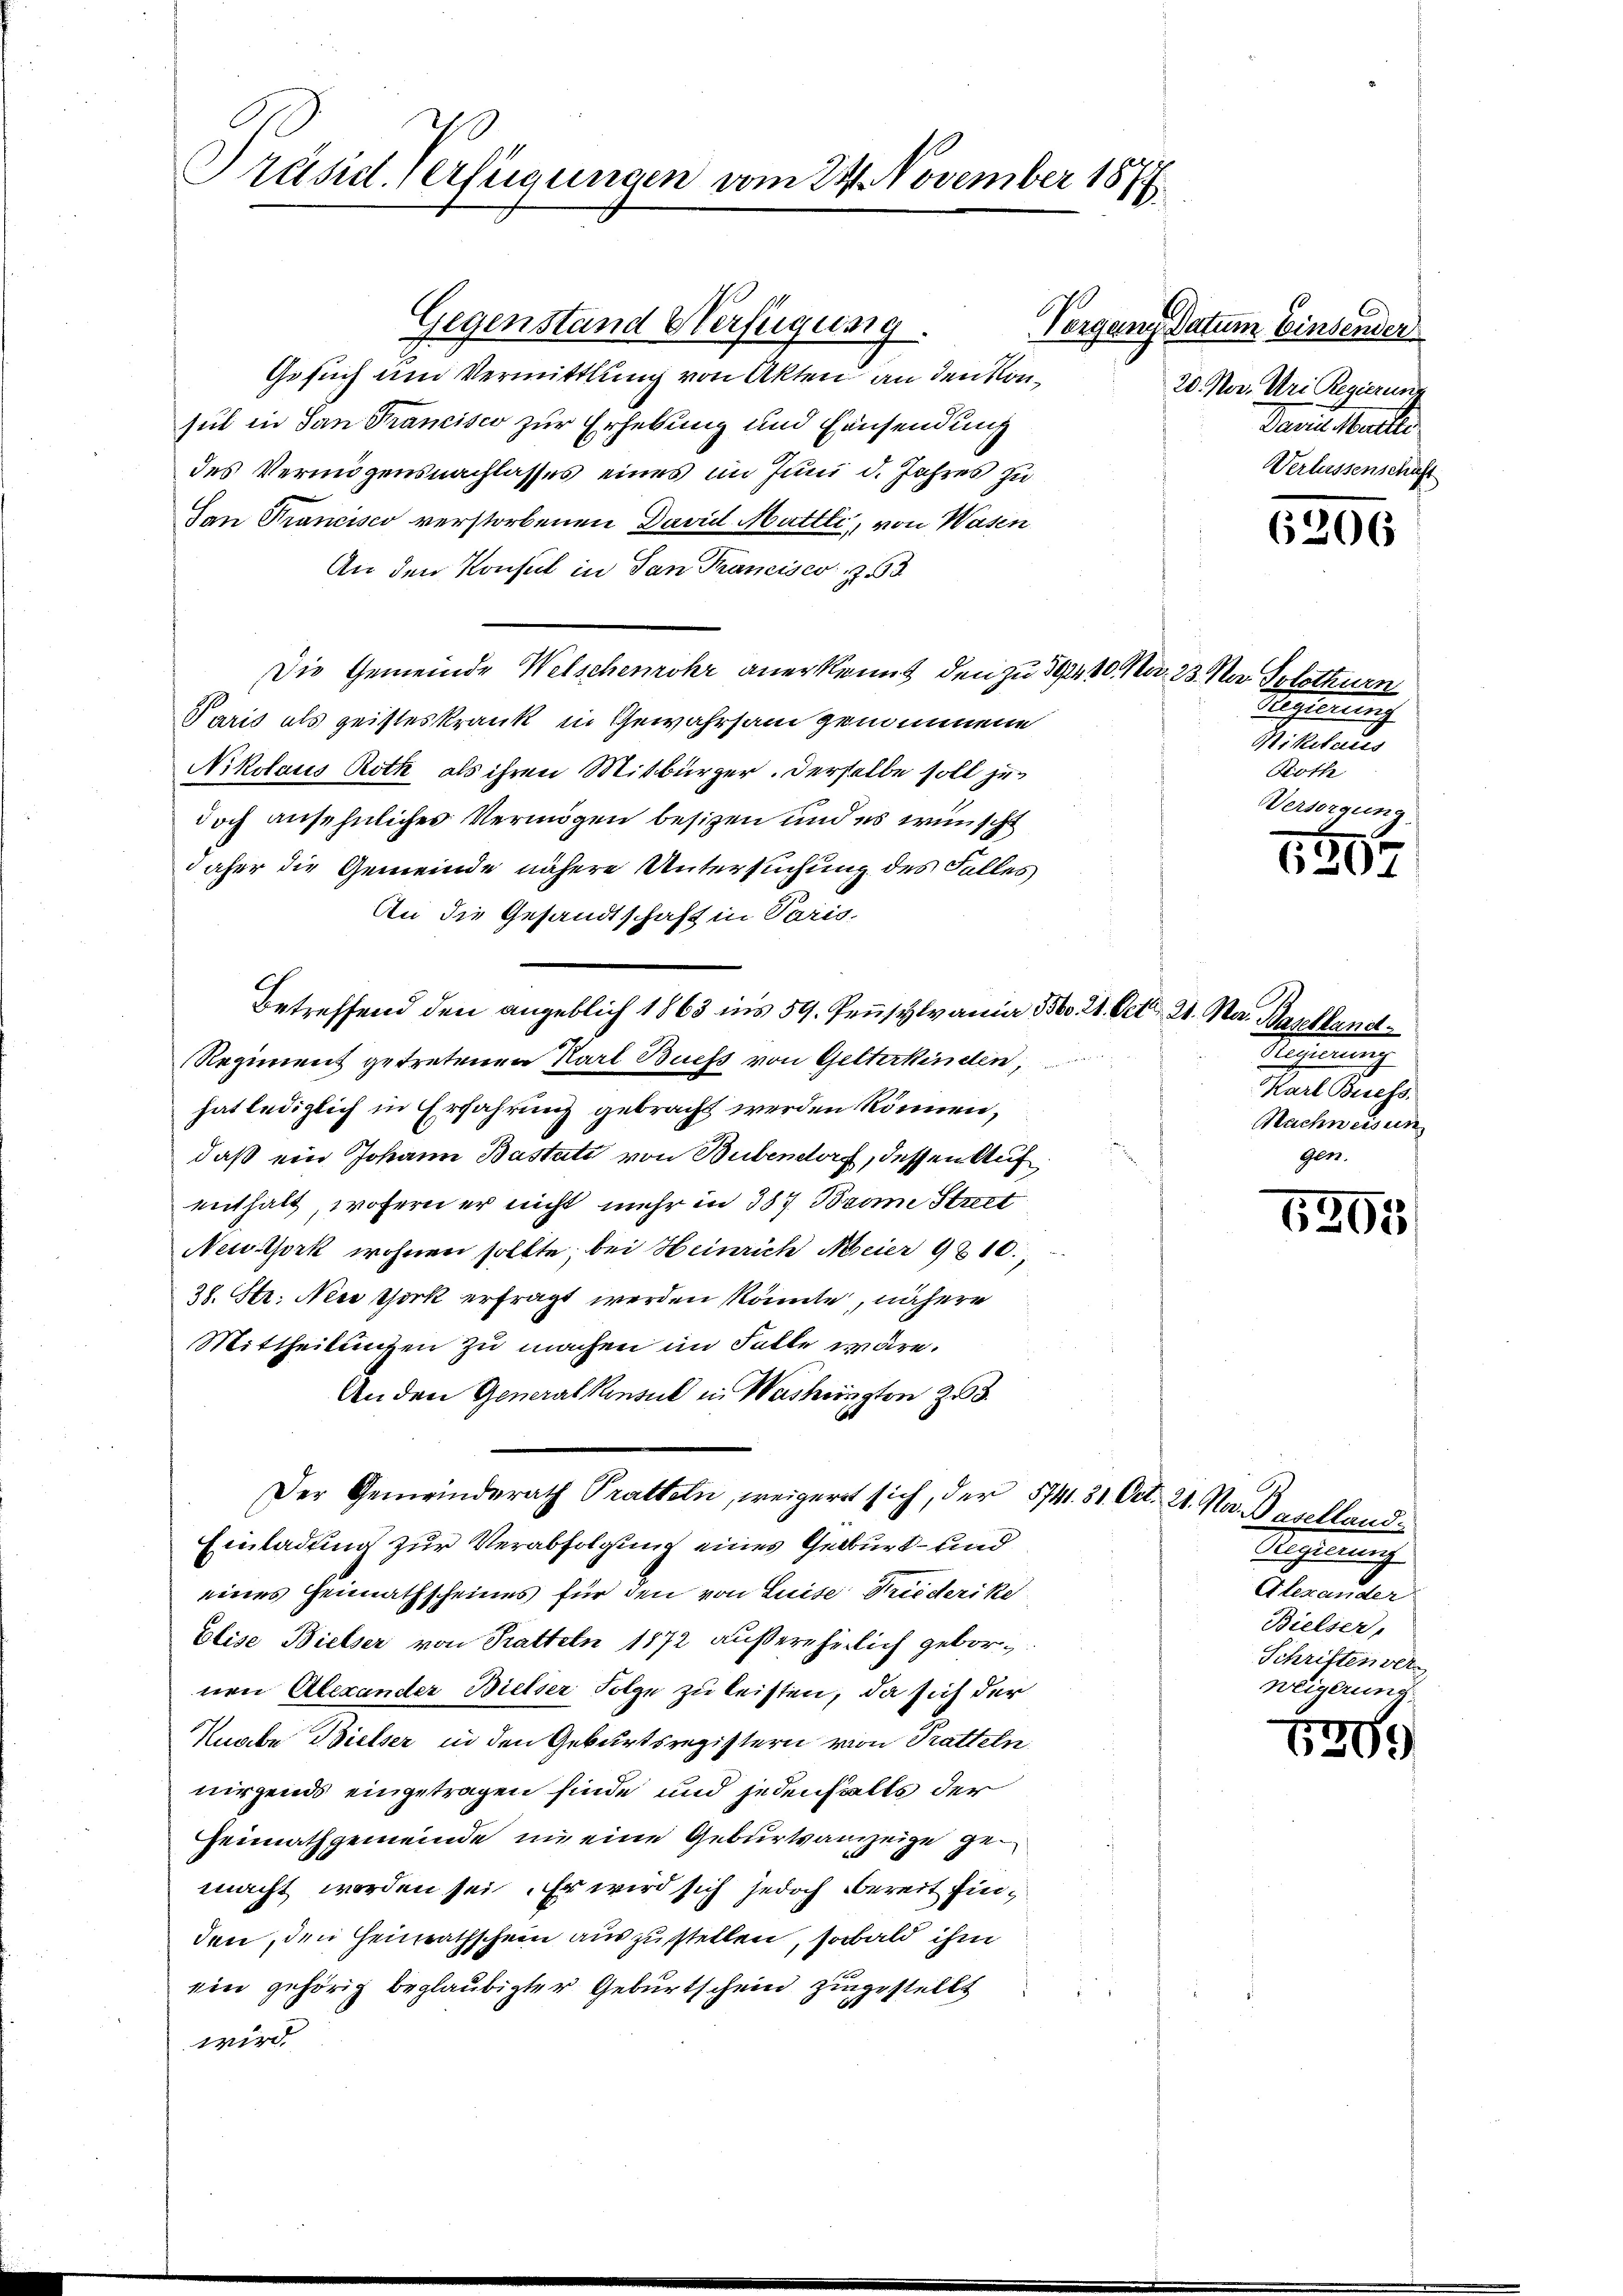
Präsid. Verfügungen vom 24. November 1877.

Gegenstand Verfügung.
Gesuch und Vermittlung von Akten an den Konsul in San Francisco zur Erhebung und Hausendung
des Vermögensnachlasses eines im Juni d. Jahres zu
Dan Trancisco verstorbenen David Mattli, von Wasen
An den Konsul in San Trancisco 263
Die Gemeinde Welschenrohr anerkennt, den zu 392, 10 Med. 23. Na Solothurn
Paris als geisteskrank in Gewahrsam genommene
Nikolaus Roth, als ihren Mitbürger. Derselbe soll zu
doch ansehnliches Vermögen besizen und es wünscht
daher die Gemeinde nähere Untersuchung des Falles
An die Gesandtschaft in Paris.
Betreffend den angeblich 1863 ins 59. Pennsylvania Bbo. 21. Oct. 21. Ma. Baselland
Regiment getretenen Karl Buess von Gelterkinden,
hat lediglich in Erfahrung gebracht werden können,
daß ein Johann Bastati von Bubendorf, dessen Aufenthalt, wofern er nicht mehr in 387 Bron Street
New York wohnen sollte; bei Heinrich Meier 9810.,
28. Str. Neue Thirk erfragt werden könnte, nähere
Mittheilungen zu machen im Falle wäre.
An den Generalkonsul in Washington 23.
Der Gemeinderath Pratteln, weigeret sich, der 5741. 31. Oct. 21. Na. Baselland¬
Einladung zur Verabfolgung eines Geburt – und
eines Heimathscheines für den von Luise Friederike
Elise Bielser von Tratteln 1872 außerehelich gebornen Alexander Bielser Folge zu leisten, da sich der
Knabe Bielser in den Geburtsregistern von Pratteln
nirgends eingetragen finde und jedenfalls der
Heimathgemeinde im eine Geburtsanzeige gemacht worden sei. Er wird sich jedoch bereit finden, den Heimathschein auszustellen, sobald ihm
ein gehörig beglaubigter Geburtschein zugestellt
wird

Vorgang Datum Einsender
20. Der. Uri Regierung
Paris Mutter
Verlassenschäft

6206

Regierung
Mikolaus
Roth
Versorgung

1597

.

Nachweisun

6295

Sachenreich
e
Bielser,
Schriftendet
weigerung

I
6309